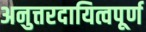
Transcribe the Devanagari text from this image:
अनुत्तरदायित्वपूर्ण